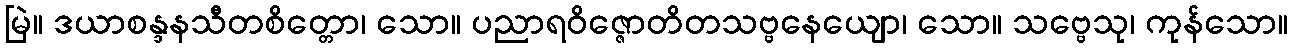
မြဲ။ ဒယာစန္ဒနသီတစိတ္တော၊ သော။ ပညာရဝိဇ္ဇောတိတသဗ္ဗနေယျော၊ သော။ သဗ္ဗေသု၊ ကုန်သော။